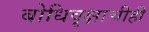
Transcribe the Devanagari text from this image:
बोधिवृक्षाचीही